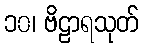
၁၀၊ ဗိဠာရသုတ်